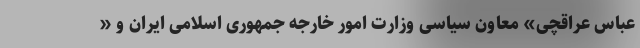
عباس عراقچی» معاون سیاسی وزارت امور خارجه جمهوری اسلامی ایران و «